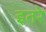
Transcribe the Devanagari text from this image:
इतरे